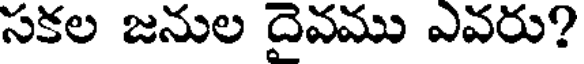
సకల జనుల దైవము ఎవరు?